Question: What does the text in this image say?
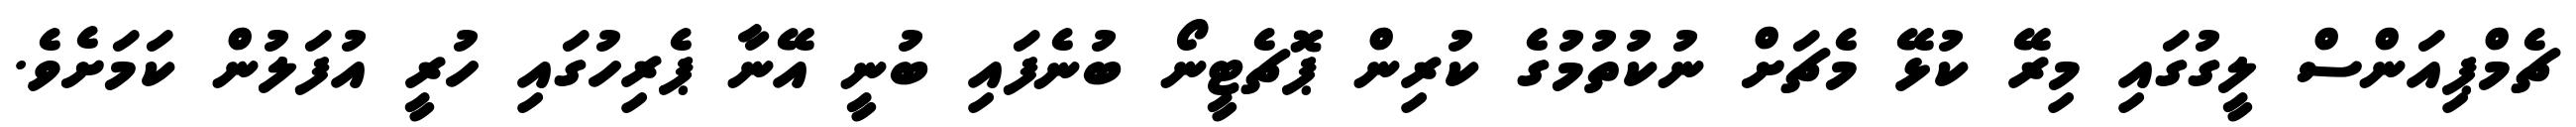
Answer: ޗެމްޕިއަންސް ލީގުގައި މިރޭ ކުޅޭ މެޗަށް ނުކުތުމުގެ ކުރިން ޕޮޗެޓީނޯ ބުނެފައި ބުނީ އޭނާ ޕެރިހުގައި ހުރީ އުފަލުން ކަމަށެވެ.